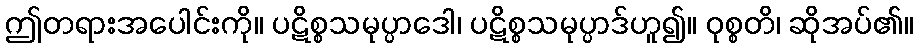
ဤတရားအပေါင်းကို။ ပဋိစ္စသမုပ္ပာဒေါ၊ ပဋိစ္စသမုပ္ပာဒ်ဟူ၍။ ဝုစ္စတိ၊ ဆိုအပ်၏။